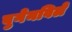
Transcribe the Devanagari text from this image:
बुगेनविले